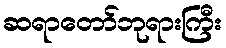
ဆရာတော်ဘုရားကြီး